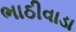
ભાઠીવાડા